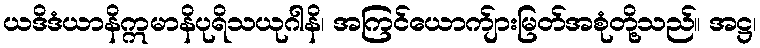
ယဒိဒံယာနိဣမာနိပုရိသယုဂါနိ၊ အကြင်ယောက်ျားမြတ်အစုံတို့သည်။ အဋ္ဌ၊